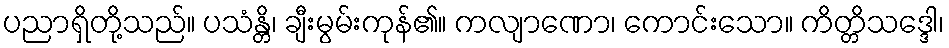
ပညာရှိတို့သည်။ ပသံန္တိ၊ ချီးမွမ်းကုန်၏။ ကလျာဏော၊ ကောင်းသော။ ကိတ္တိသဒ္ဒေါ၊